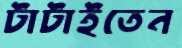
টাটাইতেন